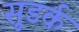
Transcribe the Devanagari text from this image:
सूडर्क